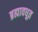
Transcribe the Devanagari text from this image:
ब्रह्मावधूत